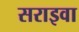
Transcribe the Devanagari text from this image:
सराइवा